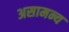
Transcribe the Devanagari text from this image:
असामन्य